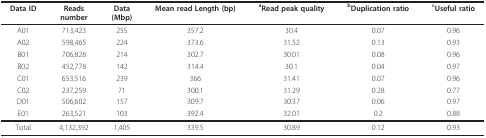
<table><thead><tr><td><b>Data ID</b></td><td><b>Readsnumber</b></td><td><b>Data(Mbp)</b></td><td><b>Mean read Length (bp)</b></td><td><b><sup>a</sup>Read peak quality</b></td><td><b><sup>b</sup>Duplication ratio</b></td><td><b><sup>c</sup>Useful ratio</b></td></tr></thead><tbody><tr><td>A01</td><td>713,423</td><td>255</td><td>357.2</td><td>30.4</td><td>0.07</td><td>0.96</td></tr><tr><td>A02</td><td>598,465</td><td>224</td><td>373.6</td><td>31.52</td><td>0.13</td><td>0.93</td></tr><tr><td>B01</td><td>706,828</td><td>214</td><td>302.7</td><td>30.01</td><td>0.08</td><td>0.96</td></tr><tr><td>B02</td><td>452,778</td><td>142</td><td>314.4</td><td>30.1</td><td>0.04</td><td>0.97</td></tr><tr><td>C01</td><td>653,516</td><td>239</td><td>366</td><td>31.41</td><td>0.07</td><td>0.96</td></tr><tr><td>C02</td><td>237,259</td><td>71</td><td>300.1</td><td>31.29</td><td>0.28</td><td>0.77</td></tr><tr><td>D01</td><td>506,602</td><td>157</td><td>309.7</td><td>30.37</td><td>0.06</td><td>0.97</td></tr><tr><td>E01</td><td>263,521</td><td>103</td><td>392.4</td><td>32.01</td><td>0.2</td><td>0.88</td></tr><tr><td>Total</td><td>4,132,392</td><td>1,405</td><td>339.5</td><td>30.89</td><td>0.12</td><td>0.93</td></tr></tbody></table>